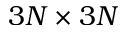
3 N \times 3 N